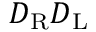
D _ { \mathrm { { R } } } D _ { \mathrm { { L } } }